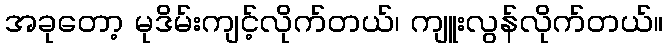
အခုတော့ မုဒိမ်းကျင့်လိုက်တယ်၊ ကျူးလွန်လိုက်တယ်။